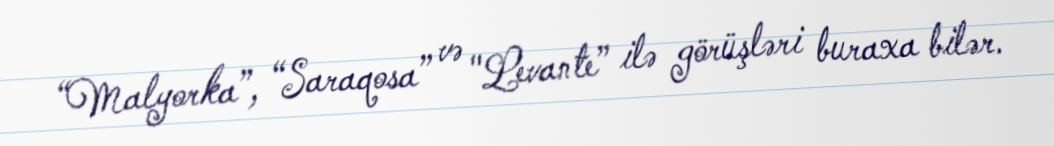
“Malyorka”, “Saraqosa” və "Levante” ilə görüşləri buraxa bilər.